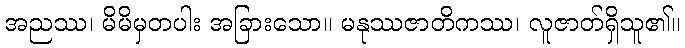
အညဿ၊ မိမိမှတပါး အခြားသော။ မနုဿဇာတိကဿ၊ လူဇာတ်ရှိသူ၏။